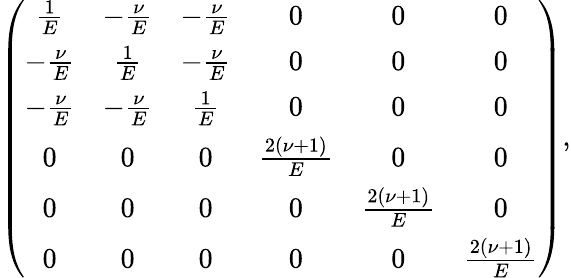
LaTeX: \left(\begin{array}{cccccc}{\frac{1}{E}}&{-\frac{\nu}{E}}&{-\frac{\nu}{E}}&{0}&{0}&{0}\\ {-\frac{\nu}{E}}&{\frac{1}{E}}&{-\frac{\nu}{E}}&{0}&{0}&{0}\\ {-\frac{\nu}{E}}&{-\frac{\nu}{E}}&{\frac{1}{E}}&{0}&{0}&{0}\\ {0}&{0}&{0}&{\frac{2\left(\nu+1\right)}{E}}&{0}&{0}\\ {0}&{0}&{0}&{0}&{\frac{2\left(\nu+1\right)}{E}}&{0}\\ {0}&{0}&{0}&{0}&{0}&{\frac{2\left(\nu+1\right)}{E}}\end{array}\right),